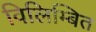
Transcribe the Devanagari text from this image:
विलिम्बित